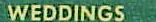
WEDDINGS